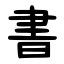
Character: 書